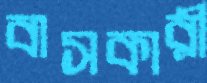
বাসকারী